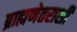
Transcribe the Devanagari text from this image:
ब्राह्मणेतराशी